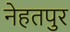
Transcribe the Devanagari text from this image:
नेहतपुर